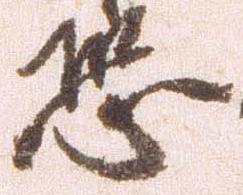
恐